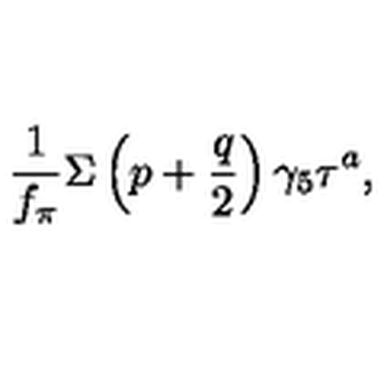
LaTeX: \frac { 1 } { f _ { \pi } } \Sigma \left( p + \frac { q } { 2 } \right) \gamma _ { 5 } \tau ^ { a } ,